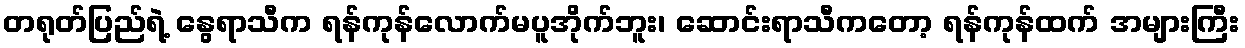
တရုတ်ပြည်ရဲ့ နွေရာသီက ရန်ကုန်လောက်မပူအိုက်ဘူး၊ ဆောင်းရာသီကတော့ ရန်ကုန်ထက် အများကြီး